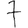
Digit: 7